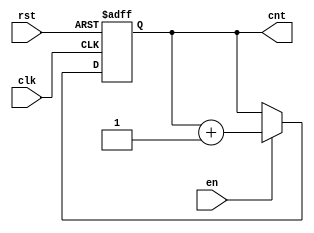
`timescale 1ns/1ns

module Counter #(parameter N = 10)(input clk, rst, en, output reg [N-1:0] cnt);
  always @(posedge clk, posedge rst) begin
    if (rst)
      cnt <= 0;
    else if (en)
      cnt <= cnt + 1;
  end
endmodule